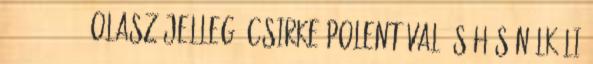
2012 40 15.: Olasz jellegű csirke polentával és hús nélküli